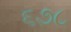
૬૭૮